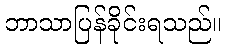
ဘာသာပြန်ခိုင်းရသည်။